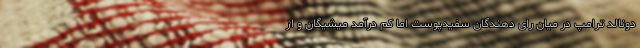
دونالد ترامپ در میان رای دهندگان سفیدپوست اما کم درآمد میشیگان و از